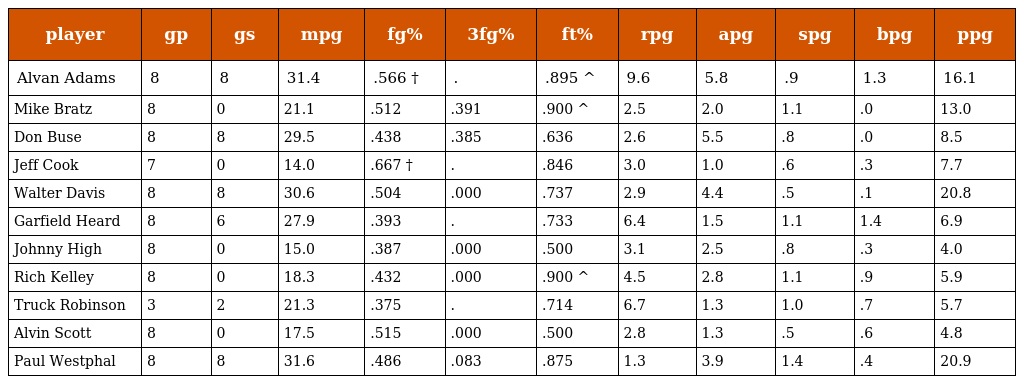
| player | gp | gs | mpg | fg% | 3fg% | ft% | rpg | apg | spg | bpg | ppg |
 | --- | --- | --- | --- | --- | --- | --- | --- | --- | --- | --- | --- |
 | Alvan Adams | 8 | 8 | 31.4 | .566 † | . | .895 ^ | 9.6 | 5.8 | .9 | 1.3 | 16.1 |
 | Mike Bratz | 8 | 0 | 21.1 | .512 | .391 | .900 ^ | 2.5 | 2.0 | 1.1 | .0 | 13.0 |
 | Don Buse | 8 | 8 | 29.5 | .438 | .385 | .636 | 2.6 | 5.5 | .8 | .0 | 8.5 |
 | Jeff Cook | 7 | 0 | 14.0 | .667 † | . | .846 | 3.0 | 1.0 | .6 | .3 | 7.7 |
 | Walter Davis | 8 | 8 | 30.6 | .504 | .000 | .737 | 2.9 | 4.4 | .5 | .1 | 20.8 |
 | Garfield Heard | 8 | 6 | 27.9 | .393 | . | .733 | 6.4 | 1.5 | 1.1 | 1.4 | 6.9 |
 | Johnny High | 8 | 0 | 15.0 | .387 | .000 | .500 | 3.1 | 2.5 | .8 | .3 | 4.0 |
 | Rich Kelley | 8 | 0 | 18.3 | .432 | .000 | .900 ^ | 4.5 | 2.8 | 1.1 | .9 | 5.9 |
 | Truck Robinson | 3 | 2 | 21.3 | .375 | . | .714 | 6.7 | 1.3 | 1.0 | .7 | 5.7 |
 | Alvin Scott | 8 | 0 | 17.5 | .515 | .000 | .500 | 2.8 | 1.3 | .5 | .6 | 4.8 |
 | Paul Westphal | 8 | 8 | 31.6 | .486 | .083 | .875 | 1.3 | 3.9 | 1.4 | .4 | 20.9 |